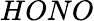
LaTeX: HONO